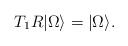
LaTeX: \begin{align*}T_1R \vert \Omega \rangle= \vert \Omega \rangle .\end{align*}